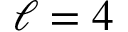
\ell = 4